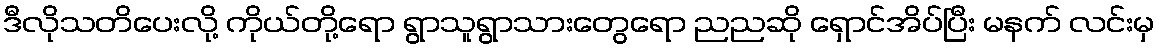
ဒီလိုသတိပေးလို့ ကိုယ်တို့ရော ရွာသူရွာသားတွေရော ညညဆို ရှောင်အိပ်ပြီး မနက် လင်းမှ